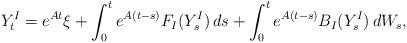
LaTeX: \begin{align*} Y^I_t = e^{At} \xi + \int^t_0 e^{ A (t-s) } F_I( Y^I_s ) \, ds + \int^t_0 e^{ A (t - s ) } B_I( Y^I_s ) \, dW_s ,\end{align*}